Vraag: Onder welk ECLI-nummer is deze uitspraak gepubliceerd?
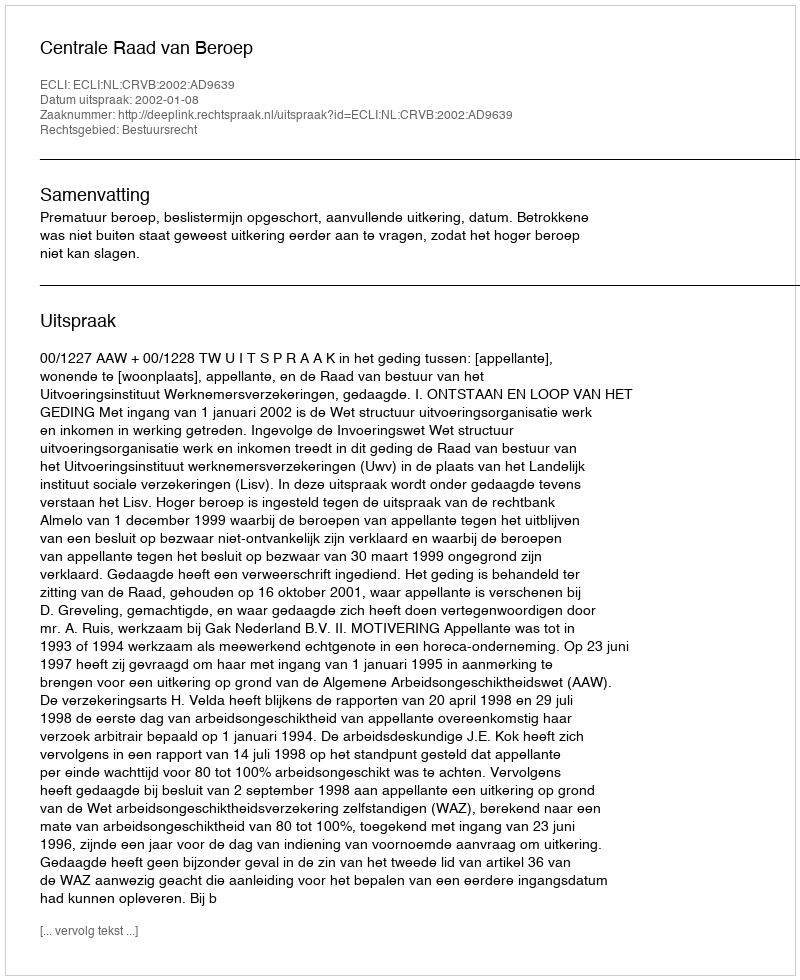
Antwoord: ECLI:NL:CRVB:2002:AD9639